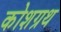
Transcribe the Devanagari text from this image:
कोशग्रथ